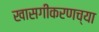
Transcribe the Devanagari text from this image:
खासगीकरणच्या